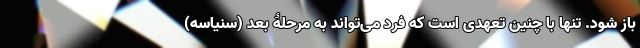
باز شود. تنها با چنین تعهدی است که فرد می‌تواند به مرحلۀ بعد (سَنیاسه)